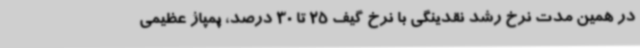
در همین مدت نرخ رشد نقدینگی با نرخ گیف 25 تا 30 درصد، پمپاژ عظیمی